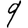
Digit: 9